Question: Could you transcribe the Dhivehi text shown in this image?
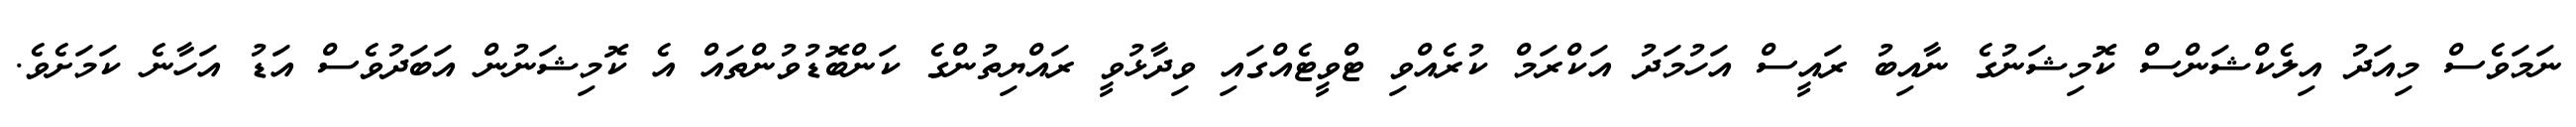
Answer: ނަމަވެސް މިއަދު އިލެކްޝަންސް ކޮމިޝަނުގެ ނާއިބު ރައީސް އަހުމަދު އަކްރަމް ކުރެއްވި ޓްވީޓެއްގައި ވިދާޅުވީ ރައްޔިތުންގެ ކަންބޮޑުވުންތައް އެ ކޮމިޝަނުން އަބަދުވެސް އަޑު އަހާނެ ކަމަށެވެ.